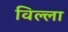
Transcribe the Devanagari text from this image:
विल्‍ला